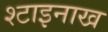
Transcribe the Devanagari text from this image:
श्टाइनाख